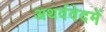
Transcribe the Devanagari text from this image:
अथर्ववेदमें